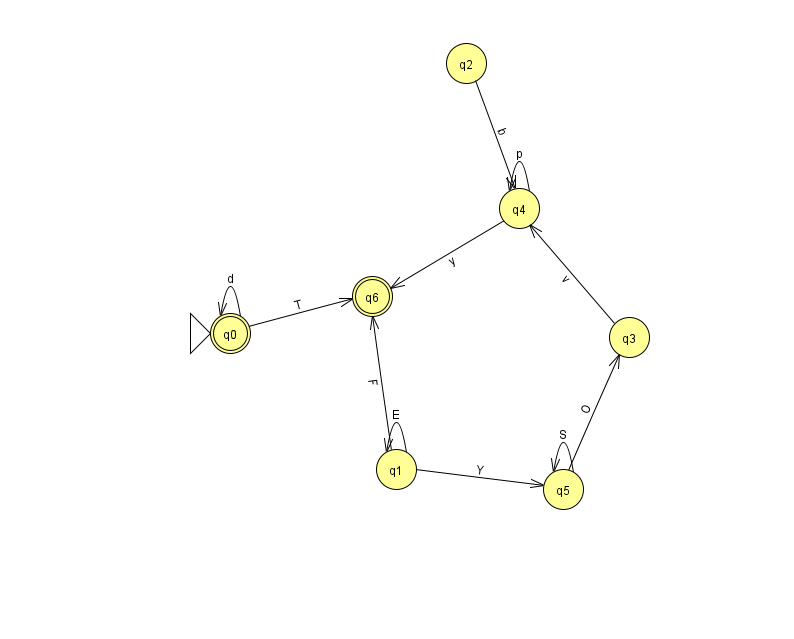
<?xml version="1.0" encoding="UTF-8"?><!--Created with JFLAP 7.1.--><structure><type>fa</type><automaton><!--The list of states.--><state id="0" name="q0"><x>230.0</x><y>320.0</y><initial/><final/></state><state id="1" name="q1"><x>396.0</x><y>456.0</y></state><state id="2" name="q2"><x>466.0</x><y>50.0</y></state><state id="3" name="q3"><x>629.0</x><y>324.0</y></state><state id="4" name="q4"><x>519.0</x><y>195.0</y></state><state id="5" name="q5"><x>563.0</x><y>476.0</y></state><state id="6" name="q6"><x>372.0</x><y>283.0</y><final/></state><!--The list of transitions.--><transition><from>4</from><to>4</to><read>p</read></transition><transition><from>1</from><to>6</to><read>F</read></transition><transition><from>1</from><to>5</to><read>Y</read></transition><transition><from>5</from><to>5</to><read>S</read></transition><transition><from>0</from><to>0</to><read>d</read></transition><transition><from>1</from><to>1</to><read>E</read></transition><transition><from>0</from><to>6</to><read>T</read></transition><transition><from>2</from><to>4</to><read>b</read></transition><transition><from>3</from><to>4</to><read>v</read></transition><transition><from>5</from><to>3</to><read>O</read></transition><transition><from>4</from><to>6</to><read>y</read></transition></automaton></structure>